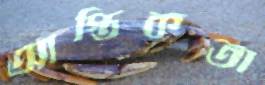
আস্তিকতা